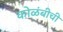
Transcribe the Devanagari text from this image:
कोळंबीची